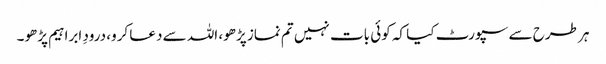
ہر طرح سے سپورٹ کیا کہ کوئی بات نہیں تم نماز پڑھو، اللہ سے دعا کرو، درودِ ابراہیم پڑھو۔